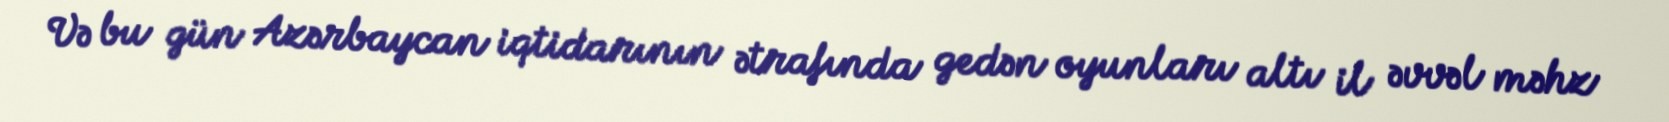
Və bu gün Azərbaycan iqtidarının ətrafında gedən oyunları altı il əvvəl məhz